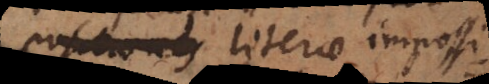
propositiones literae impossi